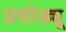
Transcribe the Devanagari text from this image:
प्रसोड्यू